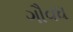
ગૌવધ